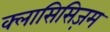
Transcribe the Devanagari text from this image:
क्लासिसिज़म